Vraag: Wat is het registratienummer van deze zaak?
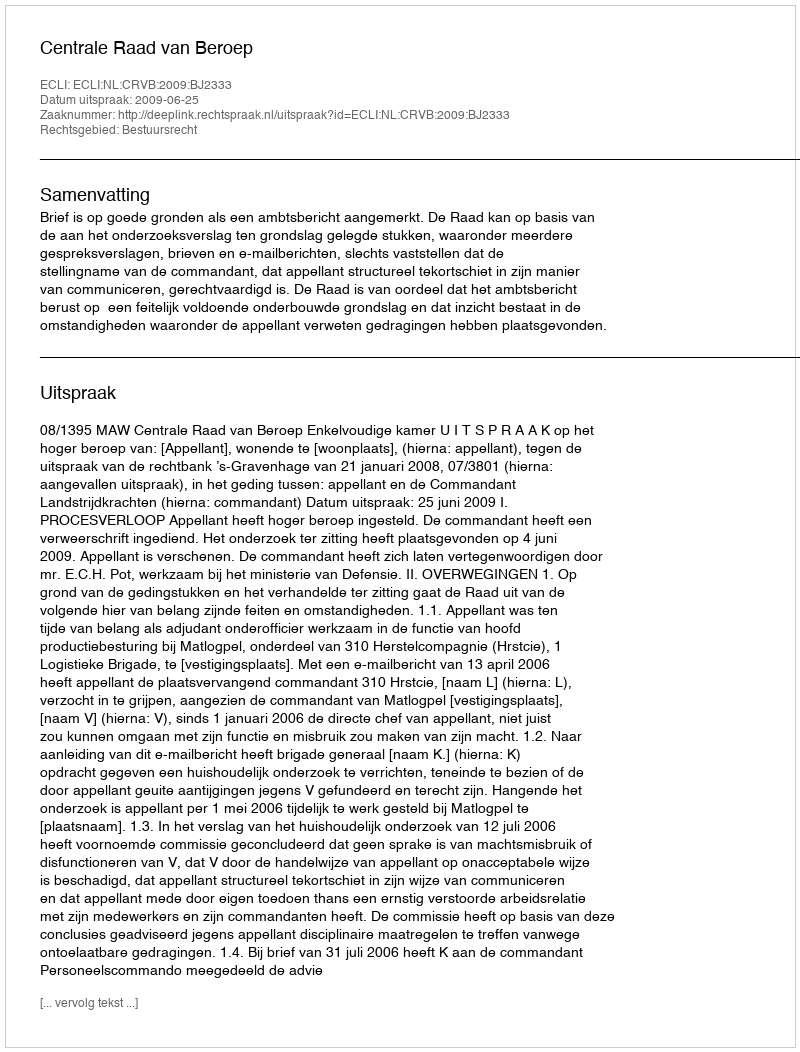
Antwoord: http://deeplink.rechtspraak.nl/uitspraak?id=ECLI:NL:CRVB:2009:BJ2333